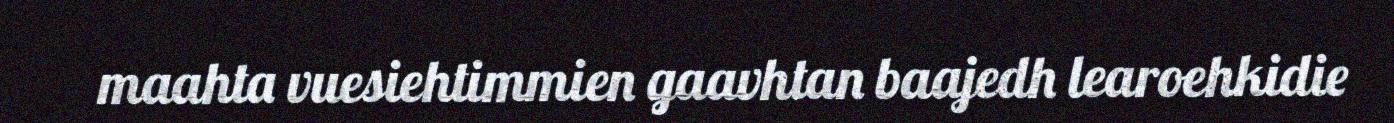
maahta vuesiehtimmien gaavhtan baajedh learoehkidie